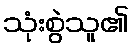
သုံးစွဲသူ၏